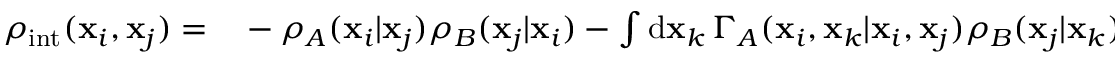
\begin{array} { r l } { \rho _ { \mathrm { i n t } } ( \mathbf { x } _ { i } , \mathbf { x } _ { j } ) = } & { { } - \rho _ { A } ( \mathbf { x } _ { i } | \mathbf { x } _ { j } ) \rho _ { B } ( \mathbf { x } _ { j } | \mathbf { x } _ { i } ) - \int \mathrm { d } \mathbf { x } _ { k } \, \Gamma _ { A } ( \mathbf { x } _ { i } , \mathbf { x } _ { k } | \mathbf { x } _ { i } , \mathbf { x } _ { j } ) \rho _ { B } ( \mathbf { x } _ { j } | \mathbf { x } _ { k } ) } \end{array}